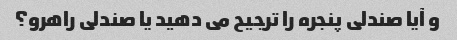
و آیا صندلی پنجره را ترجیح می دهید یا صندلی راهرو؟